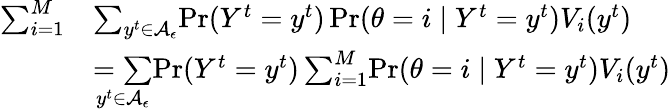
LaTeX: \begin{array}{rl}{\sum_{i=1}^{M}}&{\sum_{y^{t}\in\mathcal{A}_{\epsilon}}\! \operatorname*{Pr}(Y^{t}=y^{t})\operatorname*{Pr}(\theta=i\mid Y^{t}=y^{t})V_{i}(y^{t})}\\ &{\underset{y^{t}\in\mathcal{A}_{\epsilon}}{=\sum}\! \operatorname*{Pr}(Y^{t}=y^{t})\sum_{i=1}^{M}\! \operatorname*{Pr}(\theta=i\mid Y^{t}=y^{t})V_{i}(y^{t})}\end{array}